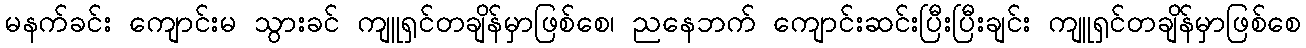
မနက်ခင်း ကျောင်းမ သွားခင် ကျူရှင်တချိန်မှာဖြစ်စေ၊ ညနေဘက် ကျောင်းဆင်းပြီးပြီးချင်း ကျူရှင်တချိန်မှာဖြစ်စေ